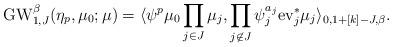
LaTeX: \begin{align*}\mathrm{GW}_{1,J}^{\beta}(\eta_p,\mu_0;\mu)=\langle \psi^p \mu_0 \prod_{j\in J}\mu_j, \prod_{j\not\in J}\psi_j^{a_j}\mathrm{ev}_j^* \mu_j\rangle_{0,1+[k]-J,\beta}.\end{align*}